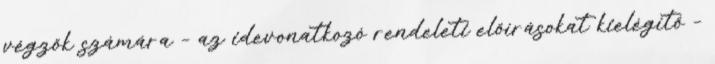
végzők számára – az idevonatkozó rendeleti előírásokat kielégítő –